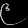
Digit: ၉